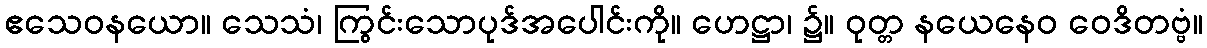
ဧသေဝနယော။ သေသံ၊ ကြွင်းသောပုဒ်အပေါင်းကို။ ဟေဋ္ဌာ၊ ၌။ ဝုတ္တ နယေနေဝ ဝေဒိတဗ္ဗံ။